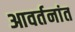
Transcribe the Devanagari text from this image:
आवर्तनांत